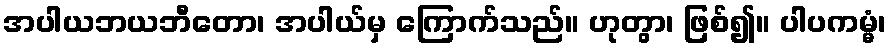
အပါယဘယဘီတော၊ အပါယ်မှ ကြောက်သည်။ ဟုတွာ၊ ဖြစ်၍။ ပါပကမ္မံ၊